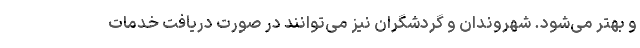
و بهتر می‌شود. شهروندان و گردشگران نیز می‌توانند در صورت دریافت خدمات